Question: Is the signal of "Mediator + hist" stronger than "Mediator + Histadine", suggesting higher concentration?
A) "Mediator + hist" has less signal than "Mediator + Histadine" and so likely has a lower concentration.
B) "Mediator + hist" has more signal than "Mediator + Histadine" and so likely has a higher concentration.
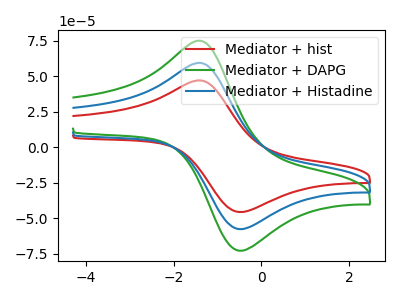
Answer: <think>The red curve "Mediator + hist" has an anodic peak at (-1.35V, 46.60uA) and a cathodic peak at (-0.45V, -45.75uA). The green curve "Mediator + DAPG" has an anodic peak at (-1.35V, 117.70uA) and a cathodic peak at (-0.45V, -115.50uA). The blue curve "Mediator + Histadine" has an anodic peak at (-1.35V, 58.85uA) and a cathodic peak at (-0.45V, -57.75uA).
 All the peaks in "Mediator + hist" have a peak in "Mediator + Histadine" at the same potential. Every peak in "Mediator + hist" is lower than every peak in "Mediator + Histadine".</think>
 <answer>A) "Mediator + hist" has less signal than "Mediator + Histadine" and so likely has a lower concentration.</answer>
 <eval>A</eval>